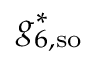
g _ { 6 , \mathrm { { s o } } } ^ { * }